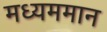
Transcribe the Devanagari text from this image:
मध्यममान